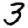
Digit: 3